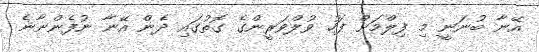
އޭނާ ބުނަނީ މި ފިލްމަށް ފަހު ވުލްވަރީންގެ ގޮތުގައި ދެން އޭނާ ނުފެންނާނެ